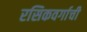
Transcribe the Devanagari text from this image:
रसिकवर्गाची